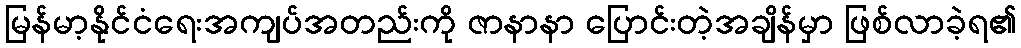
မြန်မာ့နိုင်ငံရေးအကျပ်အတည်းကို ဇာနာနာ ပြောင်းတဲ့အချိန်မှာ ဖြစ်လာခဲ့ရ၏